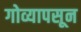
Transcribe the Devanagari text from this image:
गोव्यापसून